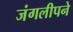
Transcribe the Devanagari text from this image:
जंगलीपने